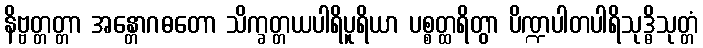
နိဗ္ဗတ္တတ္တာ အန္တောဂဓတော သိက္ခတ္တယပါရိပူရိယာ ပစ္စတ္ထရိတွာ ပိဏ္ဍပါတပါရိသုဒ္ဓိသုတ္တံ